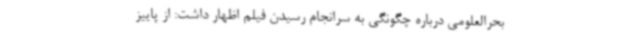
بحرالعلومی درباره چگونگی به سرانجام رسیدن فیلم اظهار داشت: از پاییز